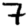
Digit: 7